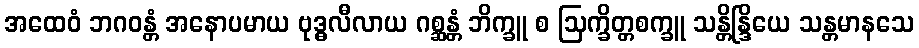
အထေဝံ ဘဂဝန္တံ အနောပမာယ ဗုဒ္ဓလီလာယ ဂစ္ဆန္တံ ဘိက္ခူ စ ဩက္ခိတ္တစက္ခူ သန္တိန္ဒြိယေ သန္တမာနသေ